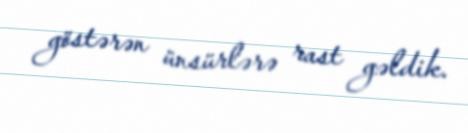
göstərən ünsürlərə rast gəldik.